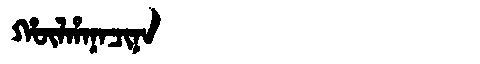
Manchu: ᡥᡡᠯᡥᠠᠨᠠᠴᡳᠨᠠ
Romanization: HŪLHANACINA